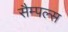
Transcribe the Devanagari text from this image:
सैम्पल्स